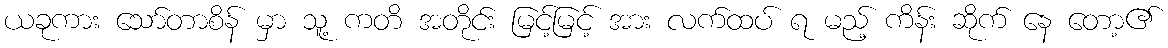
ယခုကား သော်တာစိန် မှာ သူ့ ကတိ အတိုင်း မြင့်မြင့် အား လက်ထပ် ရ မည့် ကိန်း ဆိုက် နေ တော့၏